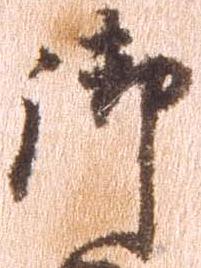
御